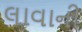
લાવાની